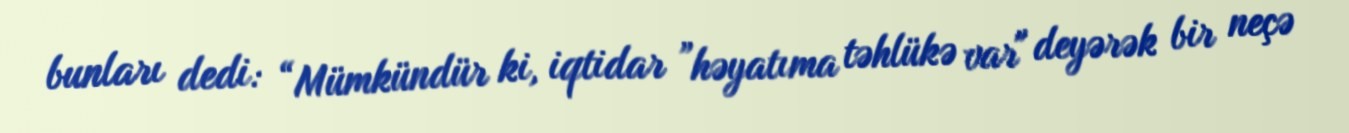
bunları dedi: “Mümkündür ki, iqtidar ”həyatıma təhlükə var" deyərək bir neçə